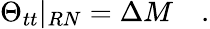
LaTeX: \Theta_{tt}\vert_{RN}=\Delta M\quad.